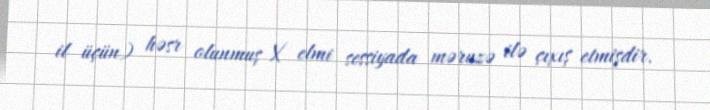
il üçün) həsr olunmuş X elmi sessiyada məruzə ilə çıxış etmişdir.